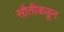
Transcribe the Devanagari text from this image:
सौतीकडून